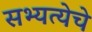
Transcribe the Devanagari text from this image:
सभ्यत्येचे